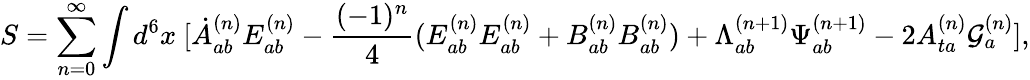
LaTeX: S=\sum_{n=0}^{\infty}\int d^{6}x\ [\dot{A}_{ab}^{(n)}E_{ab}^{(n)}-\frac{(-1)^{n}}{4}(E_{ab}^{(n)}E_{ab}^{(n)}+B_{ab}^{(n)}B_{ab}^{(n)})+{\Lambda}_{ab}^{(n+1)}{\Psi}_{ab}^{(n+1)}-2A_{ta}^{(n)}{\cal G}_{a}^{(n)}],